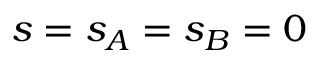
s = s _ { A } = s _ { B } = 0